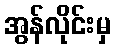
အွန်လိုင်းမှ